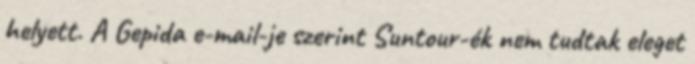
helyett. A Gepida e-mail-je szerint Suntour-ék nem tudtak eleget